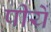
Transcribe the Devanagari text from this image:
पीयें